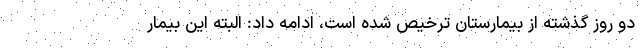
دو روز گذشته از بیمارستان ترخیص شده است، ادامه داد: البته این بیمار